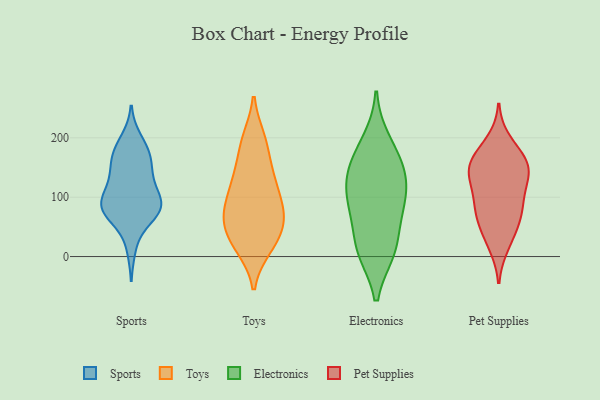
{"axis": {"x": "Temperature (°C)", "y": "Value"}, "legend": ["Electronics", "Pet Supplies", "Sports", "Toys"], "data": [{"x": "", "y": 82, "type": "Sports"}, {"x": "", "y": 17, "type": "Sports"}, {"x": "", "y": 83, "type": "Sports"}, {"x": "", "y": 116, "type": "Sports"}, {"x": "", "y": 77, "type": "Sports"}, {"x": "", "y": 79, "type": "Sports"}, {"x": "", "y": 132, "type": "Sports"}, {"x": "", "y": 98, "type": "Sports"}, {"x": "", "y": 174, "type": "Sports"}, {"x": "", "y": 196, "type": "Sports"}, {"x": "", "y": 133, "type": "Sports"}, {"x": "", "y": 87, "type": "Sports"}, {"x": "", "y": 161, "type": "Sports"}, {"x": "", "y": 74, "type": "Sports"}, {"x": "", "y": 161, "type": "Sports"}, {"x": "", "y": 78, "type": "Sports"}, {"x": "", "y": 179, "type": "Sports"}, {"x": "", "y": 67, "type": "Toys"}, {"x": "", "y": 198, "type": "Toys"}, {"x": "", "y": 73, "type": "Toys"}, {"x": "", "y": 122, "type": "Toys"}, {"x": "", "y": 16, "type": "Toys"}, {"x": "", "y": 124, "type": "Toys"}, {"x": "", "y": 134, "type": "Toys"}, {"x": "", "y": 90, "type": "Toys"}, {"x": "", "y": 21, "type": "Toys"}, {"x": "", "y": 198, "type": "Toys"}, {"x": "", "y": 40, "type": "Toys"}, {"x": "", "y": 181, "type": "Toys"}, {"x": "", "y": 41, "type": "Toys"}, {"x": "", "y": 67, "type": "Toys"}, {"x": "", "y": 17, "type": "Toys"}, {"x": "", "y": 88, "type": "Toys"}, {"x": "", "y": 143, "type": "Toys"}, {"x": "", "y": 68, "type": "Toys"}, {"x": "", "y": 194, "type": "Electronics"}, {"x": "", "y": 84, "type": "Electronics"}, {"x": "", "y": 165, "type": "Electronics"}, {"x": "", "y": 139, "type": "Electronics"}, {"x": "", "y": 10, "type": "Electronics"}, {"x": "", "y": 17, "type": "Electronics"}, {"x": "", "y": 94, "type": "Electronics"}, {"x": "", "y": 147, "type": "Electronics"}, {"x": "", "y": 78, "type": "Electronics"}, {"x": "", "y": 120, "type": "Electronics"}, {"x": "", "y": 10, "type": "Electronics"}, {"x": "", "y": 158, "type": "Pet Supplies"}, {"x": "", "y": 19, "type": "Pet Supplies"}, {"x": "", "y": 90, "type": "Pet Supplies"}, {"x": "", "y": 32, "type": "Pet Supplies"}, {"x": "", "y": 194, "type": "Pet Supplies"}, {"x": "", "y": 151, "type": "Pet Supplies"}, {"x": "", "y": 134, "type": "Pet Supplies"}, {"x": "", "y": 58, "type": "Pet Supplies"}, {"x": "", "y": 72, "type": "Pet Supplies"}, {"x": "", "y": 91, "type": "Pet Supplies"}, {"x": "", "y": 70, "type": "Pet Supplies"}, {"x": "", "y": 159, "type": "Pet Supplies"}, {"x": "", "y": 117, "type": "Pet Supplies"}, {"x": "", "y": 173, "type": "Pet Supplies"}, {"x": "", "y": 147, "type": "Pet Supplies"}, {"x": "", "y": 136, "type": "Pet Supplies"}]}